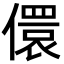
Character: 儇